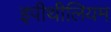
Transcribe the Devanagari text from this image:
इपीथीलियम